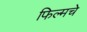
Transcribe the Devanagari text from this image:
फिल्मचे